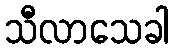
သီလာသေခါ